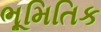
ભૂમિતિક